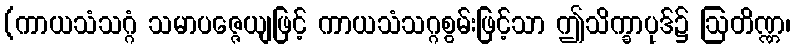
(ကာယသံသဂ္ဂံ သမာပဇ္ဇေယျဖြင့် ကာယသံသဂ္ဂစွမ်းဖြင့်သာ ဤသိက္ခာပုဒ်၌ ဩတိဏ္ဏ၊